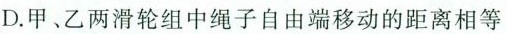
D.甲、乙两滑轮组中绳子自由端移动的距离相等